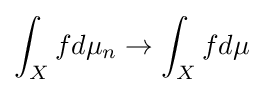
\int _{X}fd\mu _{n}\to \int _{X}fd\mu